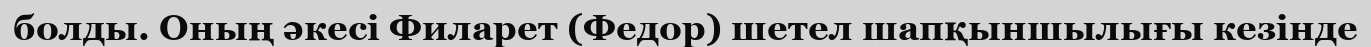
болды. Оның әкесі Филарет (Федор) шетел шапқыншылығы кезінде